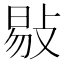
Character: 敡